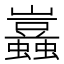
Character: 𧔮